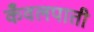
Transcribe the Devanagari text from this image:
कँवलपाती